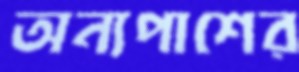
অন্যপাশের